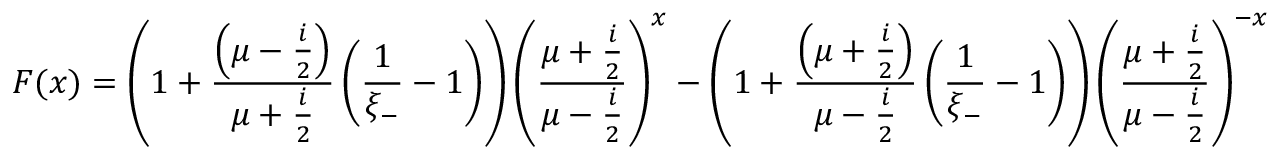
F ( x ) = \left( 1 + \frac { \left( \mu - \frac { i } { 2 } \right) } { \mu + \frac { i } { 2 } } \left( \frac { 1 } { \xi _ { - } } - 1 \right) \right) \left( \frac { \mu + \frac { i } { 2 } } { \mu - \frac { i } { 2 } } \right) ^ { x } - \left( 1 + \frac { \left( \mu + \frac { i } { 2 } \right) } { \mu - \frac { i } { 2 } } \left( \frac { 1 } { \xi _ { - } } - 1 \right) \right) \left( \frac { \mu + \frac { i } { 2 } } { \mu - \frac { i } { 2 } } \right) ^ { - x }